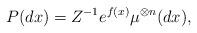
LaTeX: \begin{align*} P(dx) = Z^{-1} e^{f(x)}\mu^{\otimes n}(dx),\end{align*}